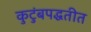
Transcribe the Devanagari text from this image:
कुटुंबपद्धतीत